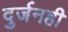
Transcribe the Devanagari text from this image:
दुर्जनही